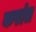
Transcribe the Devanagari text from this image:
करांत